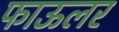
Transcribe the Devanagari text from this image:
फाऊलर